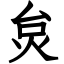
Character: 炱